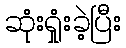
ဆုံးရှုံးခဲ့ပြီး